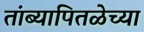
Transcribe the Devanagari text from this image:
तांब्यापितळेच्या